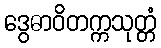
ဒွေဓာဝိတက္ကသုတ္တံ